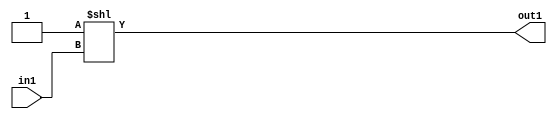
`timescale 1ps / 1ps
/*****************************************************************************
    Verilog RTL Description
    
    
    Created by: Stratus DpOpt 2019.1.01 
*******************************************************************************/

module GauFilter_DECODE_8U_7_4 (
	in1,
	out1
	); /* architecture "behavioural" */ 
input [2:0] in1;
output [7:0] out1;
wire [7:0] asc001;

assign asc001 = 8'B00000001 << in1;

assign out1 = asc001;
endmodule

/* CADENCE  urjxSgw= : u9/ySgnWtBlWxVPRXgAZ4Og= ** DO NOT EDIT THIS LINE ******/